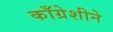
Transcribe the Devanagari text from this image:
काँग्रेशीने